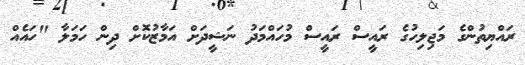
ރައްޔިތުންގެ މަޖިލިހުގެ ރައީސް ރައީސް މުހައްމަދު ނަޝީދަށް އަމާޒުކޮށް ދިން ހަމަލާ "ހައެއް